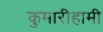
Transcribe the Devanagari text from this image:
कुमारीहामी